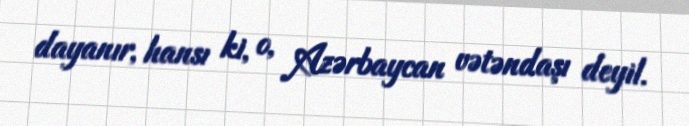
dayanır, hansı ki, o, Azərbaycan vətəndaşı deyil.